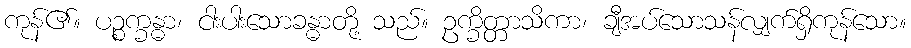
ကုန်၏။ ပဉ္စက္ခန္ဓာ၊ ငါးပါးသောခန္ဓာတို့ သည်။ ဥက္ခိတ္တာသိကာ၊ ချီအပ်သောသန်လျှက်ရှိကုန်သော။